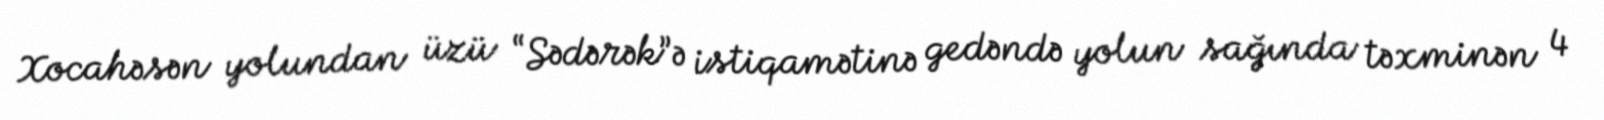
Xocahəsən yolundan üzü “Sədərək”ə istiqamətinə gedəndə yolun sağında təxminən 4